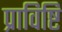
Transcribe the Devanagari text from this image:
प्राविष्टि